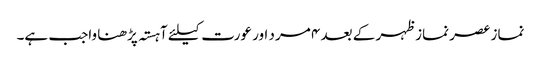
نماز عصر نماز ظہر کے بعد ۴ مرد اور عورت کیلئے آہستہ پڑھنا واجب ہے۔